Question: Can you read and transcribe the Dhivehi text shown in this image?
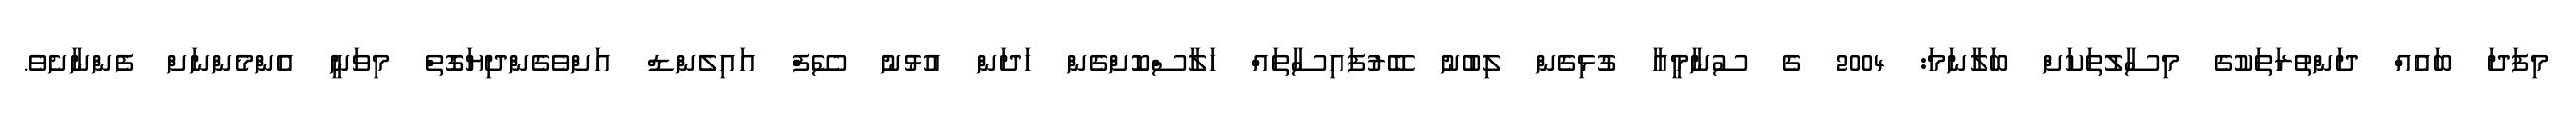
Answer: މިފަދަ ބައެއް ދަންތުރަތަކުގެ މިސާލުތަކަށް ބަލާނަމަ: 2004 ގެ ސުނާމީއާ ގުޅިގެން ލިބުނު ބޭރުފައިސާތައް ހަލާސްކޮށްގެން ހަދަން އުޅުނު ސޭފް އައިލެންޑް އަށްވެގެންދިޔަގޮތް މިވަނީ އެންމެންނަށް ފެންނާށެވެ.